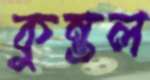
কুন্তল